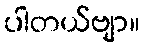
ပါတယ်ဗျာ။